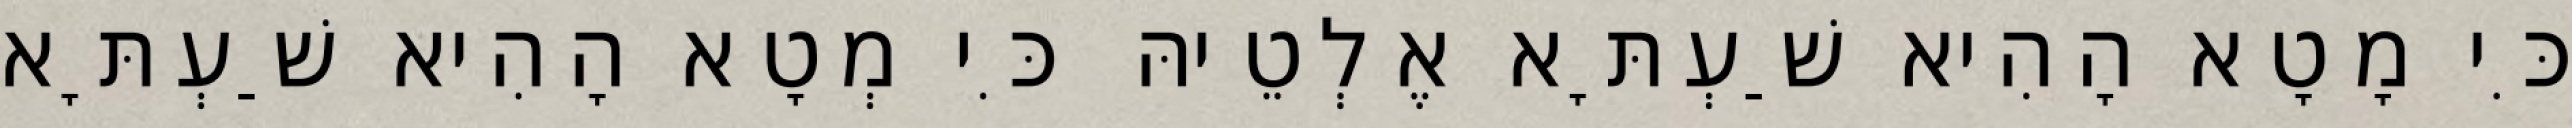
כִּי מָטָא הָהִיא שַׁעְתָּא אֶלְטֵיהּ כִּי מְטָא הָהִיא שַׁעְתָּא